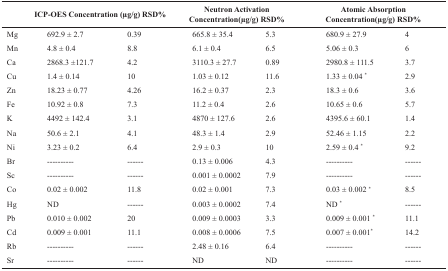
<table><thead><tr><td colspan="3"><b>ICP-OES Concentration (μg/g) RSD%</b></td><td colspan="2"><b>Neutron Activation Concentration(μg/g) RSD%</b></td><td colspan="2"><b>Atomic Absorption Concentration(μg/g) RSD%</b></td></tr></thead><tbody><tr><td>Mg</td><td>692.9 ± 2.7</td><td>0.39</td><td>665.8 ± 35.4</td><td>5.3</td><td>680.9 ± 27.9</td><td>4</td></tr><tr><td>Mn</td><td>4.8 ± 0.4</td><td>8.8</td><td>6.1 ± 0.4</td><td>6.5</td><td>5.06 ± 0.3</td><td>6</td></tr><tr><td>Ca</td><td>2868.3 ±121.7</td><td>4.2</td><td>3110.3 ± 27.7</td><td>0.89</td><td>2980.8 ± 111.5</td><td>3.7</td></tr><tr><td>Cu</td><td>1.4 ± 0.14</td><td>10</td><td>1.03 ± 0.12</td><td>11.6</td><td>1.33 ± 0.04 <sup>*</sup></td><td>2.9</td></tr><tr><td>Zn</td><td>18.23 ± 0.77</td><td>4.26</td><td>16.2 ± 0.37</td><td>2.3</td><td>18.3 ± 0.6</td><td>3.6</td></tr><tr><td>Fe</td><td>10.92 ± 0.8</td><td>7.3</td><td>11.2 ± 0.4</td><td>2.6</td><td>10.65 ± 0.6</td><td>5.7</td></tr><tr><td>K</td><td>4492 ± 142.4</td><td>3.1</td><td>4870 ± 127.6</td><td>2.6</td><td>4395.6 ± 60.1</td><td>1.4</td></tr><tr><td>Na</td><td>50.6 ± 2.1</td><td>4.1</td><td>48.3 ± 1.4</td><td>2.9</td><td>52.46 ± 1.15</td><td>2.2</td></tr><tr><td>Ni</td><td>3.23 ± 0.2</td><td>6.4</td><td>2.9 ± 0.3</td><td>10</td><td>2.59 ± 0.4 <sup>*</sup></td><td>9.2</td></tr><tr><td>Br</td><td>----------</td><td>------</td><td>0.13 ± 0.006</td><td>4.3</td><td>----------</td><td>------</td></tr><tr><td>Sc</td><td>----------</td><td>------</td><td>0.001 ± 0.0002</td><td>7.9</td><td>----------</td><td>------</td></tr><tr><td>Co</td><td>0.02 ± 0.002</td><td>11.8</td><td>0.02 ± 0.001</td><td>7.3</td><td>0.03 ± 0.002<sup> *</sup></td><td>8.5</td></tr><tr><td>Hg</td><td>ND</td><td>------</td><td>0.003 ± 0.0002</td><td>7.4</td><td>ND <sup>*</sup></td><td>------</td></tr><tr><td>Pb</td><td>0.010 ± 0.002</td><td>20</td><td>0.009 ± 0.0003</td><td>3.3</td><td>0.009 ± 0.001<sup> *</sup></td><td>11.1</td></tr><tr><td>Cd</td><td>0.009 ± 0.001</td><td>11.1</td><td>0.008 ± 0.0006</td><td>7.5</td><td>0.007 ± 0.001<sup>*</sup></td><td>14.2</td></tr><tr><td>Rb</td><td>----------</td><td>------</td><td>2.48 ± 0.16</td><td>6.4</td><td>----------</td><td>------</td></tr><tr><td>Sr</td><td>----------</td><td>------</td><td>ND</td><td>ND</td><td>----------</td><td>------</td></tr></tbody></table>